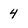
Character: 4